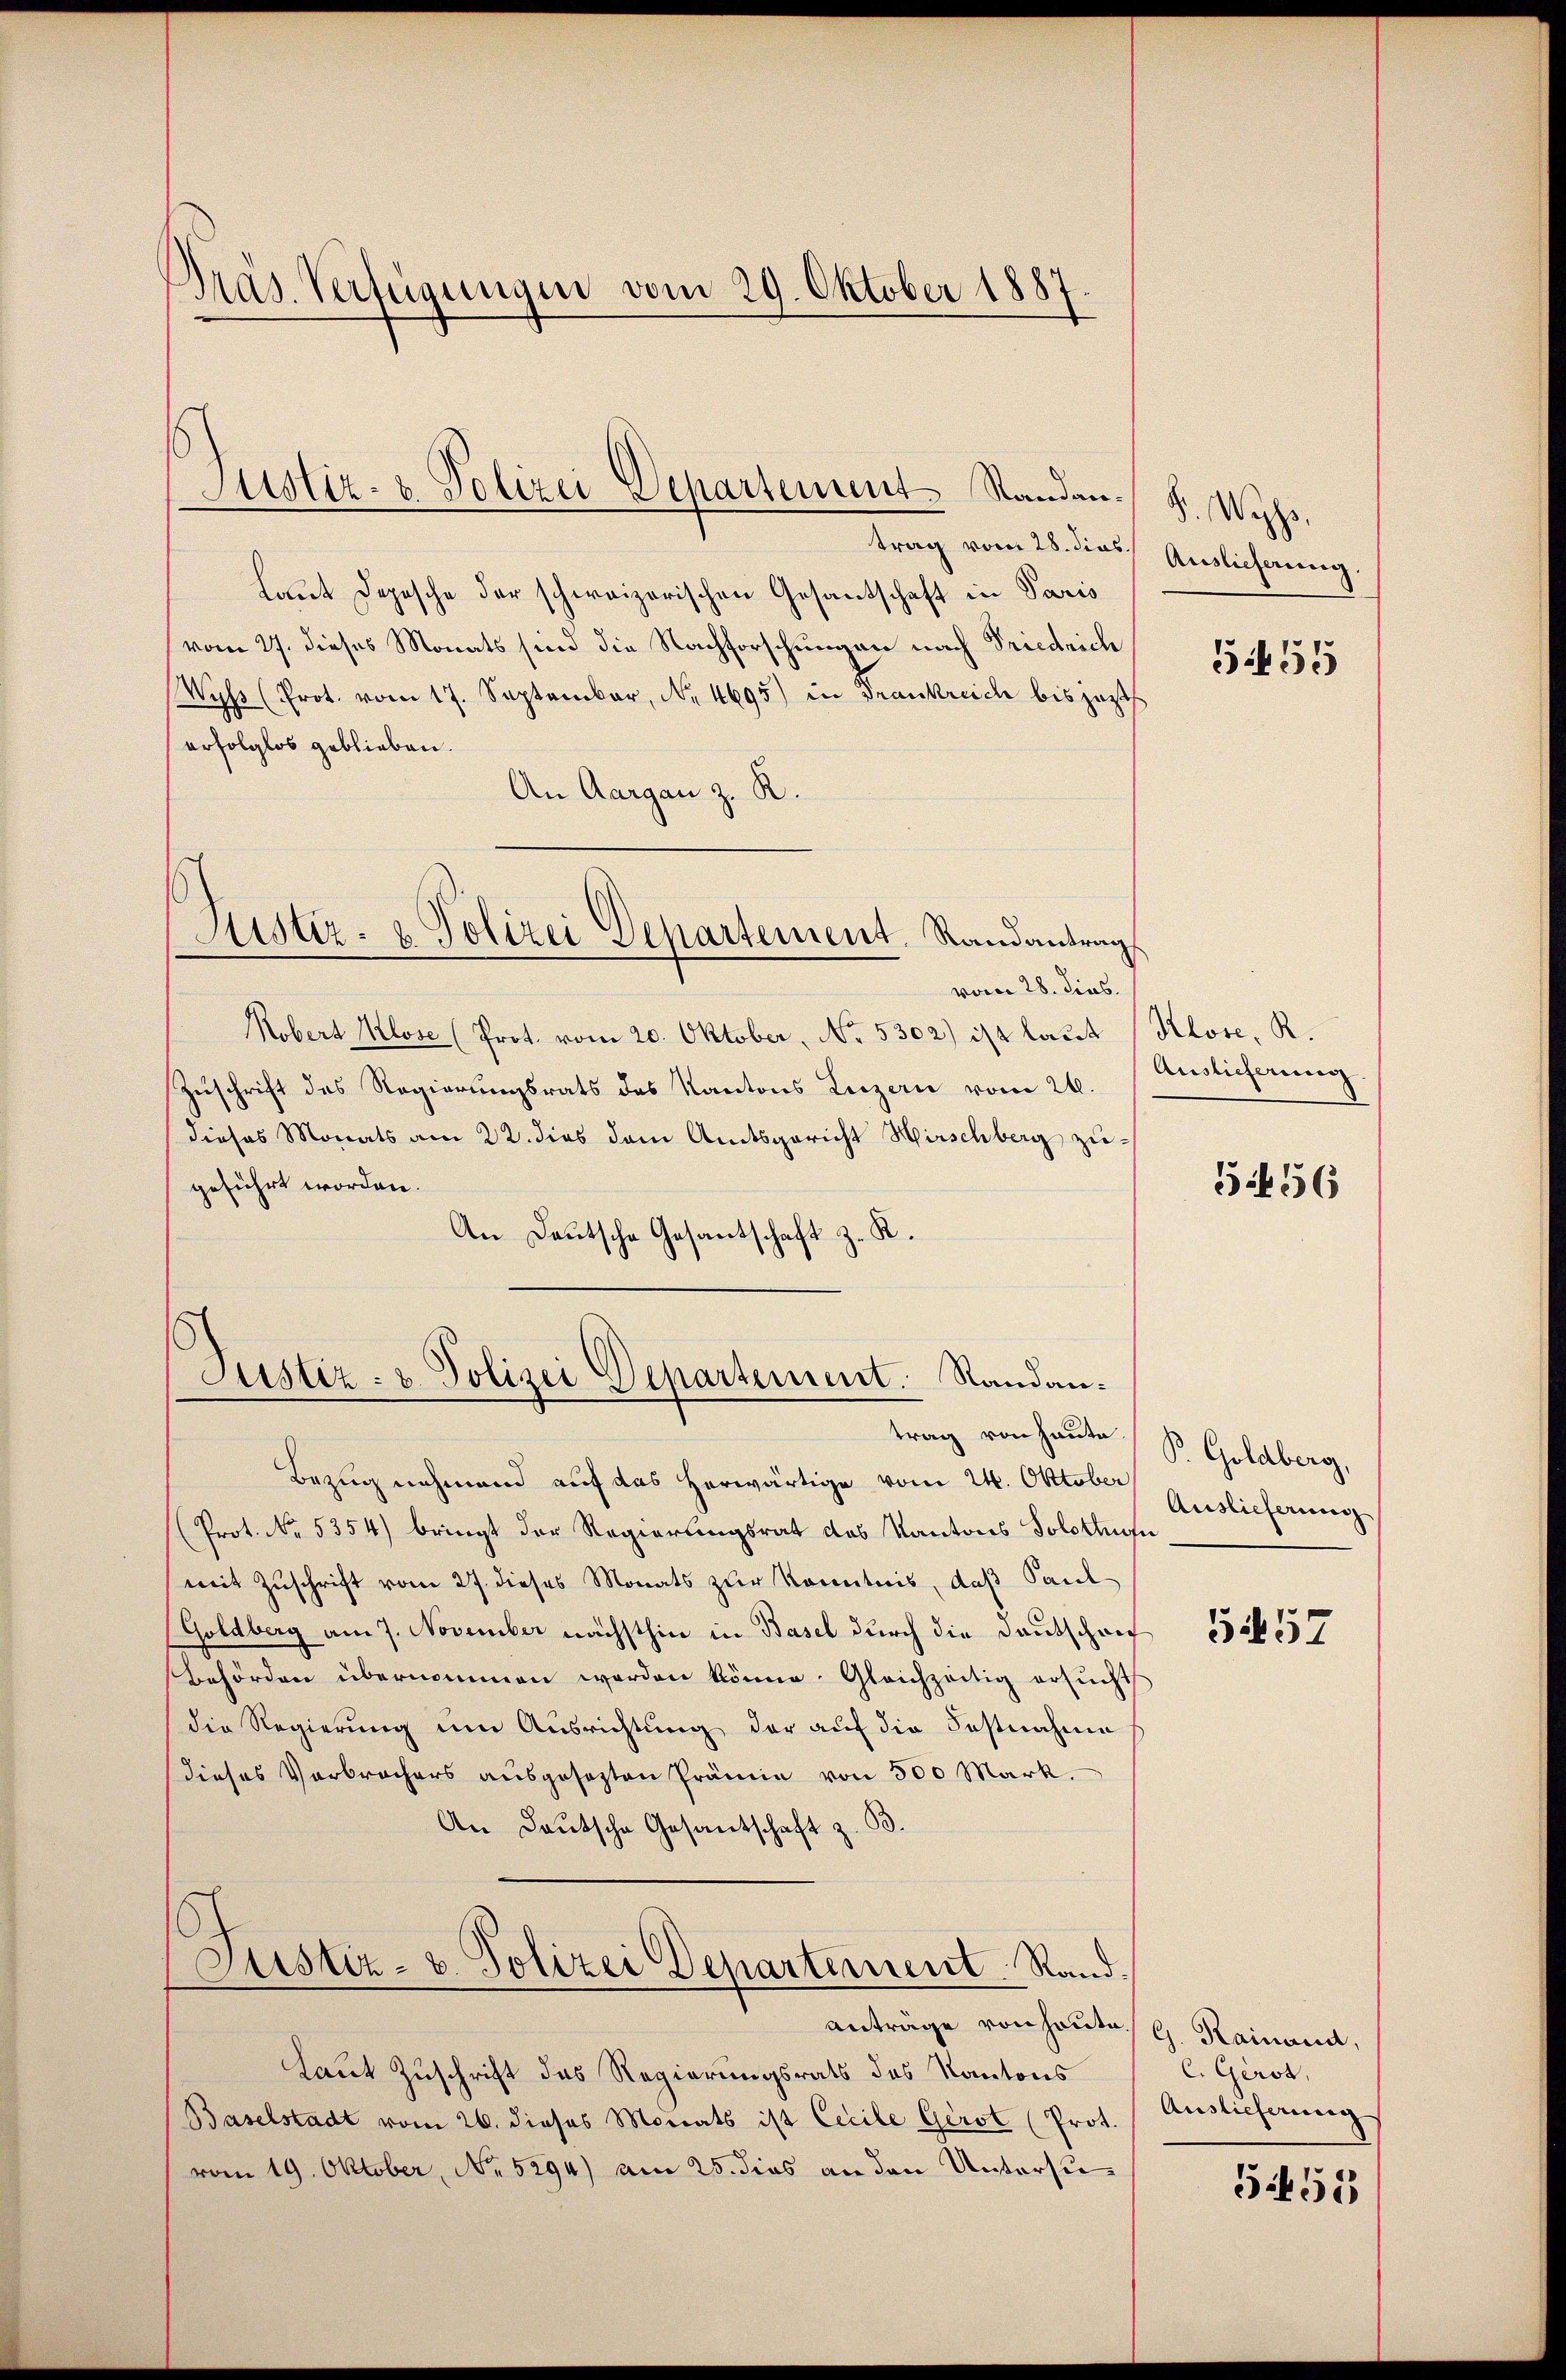
Präs. Verfügungen vom 29. Oktober 1887.

Justiz- & Polizei Departement Randan¬

trag vom 28. dies
laut Depesche der schweizerischen Gesantschaft in Paris
vom 27. dieses Monats sind die Nachforschungen nach Friedrich
Wyss (Prot. vom 17. September, N. 4695) in Frankreich bis jezt
erfolglos geblieben.
An Aargau z. R.
Fister- u. Polizei Departement. Randantrag
vom 28. dies
Kobert Klose (Prot. vom 20. Oktober, No. 5302) ist laut (Klose, R.
Zuschrift des Regierungsrats des Kantons Luzern vom 26.
dieses Monats am 22. dies dem Amtsgericht Hirschberg zugeführt worden.
An Deutsche Gesantschaft z. R.

Justiz- & Polizei Departement. Randantrag von heute.

Bezug nehmend auf das herwärtige vom 24. Oktober
(Prot. No. 5354) bringt der Regierungsrat des Kantons Solothurn
mit Zuschrift vom 27. dieses Monats zur Kenntnis, daß Paul
(Goldberg am 7. November nächsthin in Basel durch die Deutschrif
Behörden übernommen worden könne. Gleichzeitig ersucht
die Regierung um Ausrichtung der auf die Fastnahme
dieses Verbrechers aŭsgesezten Prämie von 500 Mark.
An Deutsche Gesantschaft z. B.
Justiz- u. Polizei Departement Rand.
anträge von heute G. Rainand,
Laut Zuschrift des Regierungsrats des Kantons
Baselstadt vom 26. dieses Monats ist Cecile Gerst (Prot.
vom 19. Oktober, No. 5294) am 25. dies an den Untersu¬

B. Wyss.
Auslieferung.

5455

Auslieferung.

5f 56

P. Goldberg,
Auslieferung

557

C. Gerot,
Auslieferung

5:455